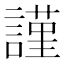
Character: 𧫴